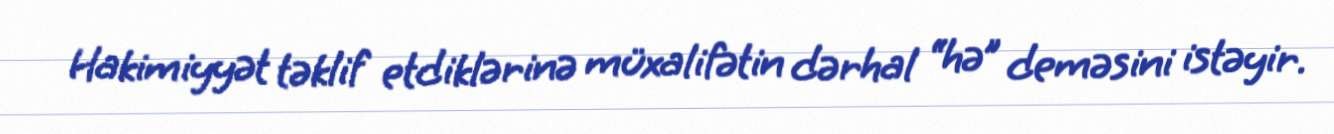
Hakimiyyət təklif etdiklərinə müxalifətin dərhal “hə” deməsini istəyir.